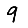
Digit: 9